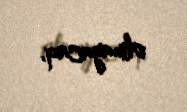
olmayacaq.